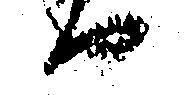
へ